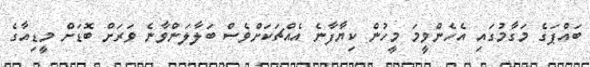
ބައްޕަގެ މަގާމުގައި އެހެންވީމަ މީހުން ކިޔާފާނެ އެއްޗަކަށްވެސް ބަލާލަންވާނެ ވަރަށް ބޮޑަށް މީޑިއާގެ